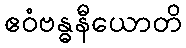
ဧဝံဗန္ဓနီယောတိ